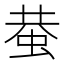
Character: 蛬